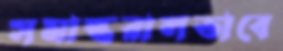
সমান্তরালভাবে